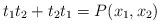
LaTeX: \begin{align*}t_1t_2 + t_2t_1 = P(x_1, x_2)\end{align*}